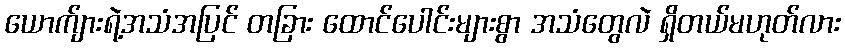
ယောက်ျားရဲ့အသံအပြင် တခြား ထောင်ပေါင်းများစွာ အသံတွေလဲ ရှိတယ်မဟုတ်လား